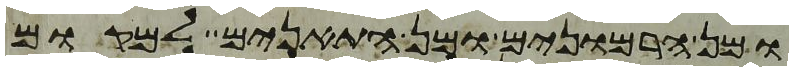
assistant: ומן הרמונים ומן התאנים למקום